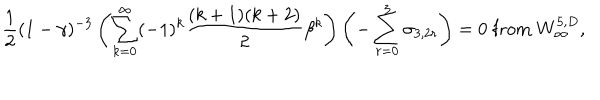
{ \frac { 1 } { 2 } } ( 1 - \gamma ) ^ { - 3 } \left( \sum _ { k = 0 } ^ { \infty } ( - 1 ) ^ { k } { \frac { ( k + 1 ) ( k + 2 ) } { 2 } } \beta ^ { k } \right) \left( - \sum _ { r = 0 } ^ { 3 } \sigma _ { 3 , 2 r } \right) = 0 \; \mathrm { f r o m } \; W _ { \infty } ^ { 5 , D } ,